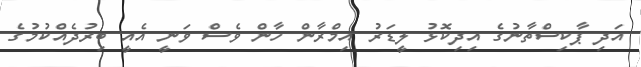
އަދި ޕާކިސްތާނުގެ އިދިކޮޅު ލީޑަރު އިމްރާން ހާން ވެސް ވަނީ އެއީ ބިރުދެއްކުމުގެ